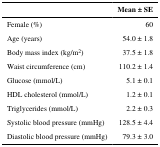
<table><thead><tr><td></td><td><b>Mean ± SE</b></td></tr></thead><tbody><tr><td>Female (%)</td><td>60</td></tr><tr><td>Age (years)</td><td>54.0 ± 1.8</td></tr><tr><td>Body mass index (kg/m<sup>2</sup>)</td><td>37.5 ± 1.8</td></tr><tr><td>Waist circumference (cm)</td><td>110.2 ± 1.4</td></tr><tr><td>Glucose (mmol/L)</td><td>5.1 ± 0.1</td></tr><tr><td>HDL cholesterol (mmol/L)</td><td>1.2 ± 0.1</td></tr><tr><td>Triglycerides (mmol/L)</td><td>2.2 ± 0.3</td></tr><tr><td>Systolic blood pressure (mmHg)</td><td>128.5 ± 4.4</td></tr><tr><td>Diastolic blood pressure (mmHg)</td><td>79.3 ± 3.0</td></tr></tbody></table>